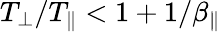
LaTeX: T_{\perp}/T_{\parallel}<1+1/\beta_{\parallel}